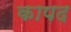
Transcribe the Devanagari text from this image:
कापद